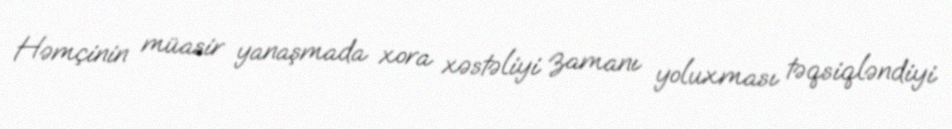
Həmçinin müasir yanaşmada xora xəstəliyi zamanı yoluxması təqsiqləndiyi